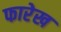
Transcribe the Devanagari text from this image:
फारेख